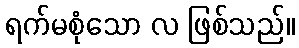
ရက်မစုံသော လ ဖြစ်သည်။